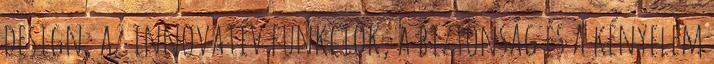
design, az innovatív funkciók, a biztonság és a kényelem